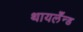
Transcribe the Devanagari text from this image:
थायलँन्ड